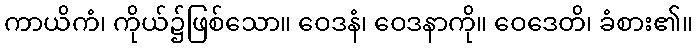
ကာယိကံ၊ ကိုယ်၌ဖြစ်သော။ ဝေဒနံ၊ ဝေဒနာကို။ ဝေဒေတိ၊ ခံစား၏။